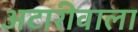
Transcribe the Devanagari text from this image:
अटारीवाला